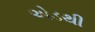
એડથી